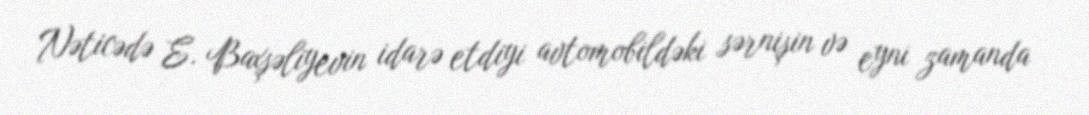
Nəticədə E. Baxşəliyevin idarə etdiyi avtomobildəki sərnişin və eyni zamanda